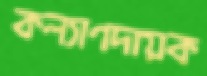
কল্যাণদায়ক